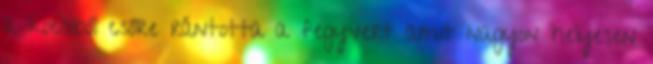
a kocsiból csőre rántotta a fegyvert amit nagyon helyesen